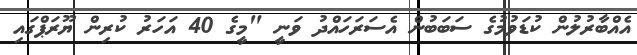
އެއްބާރުލުން ކުޑަވުމުގެ ސަބަބުން އެސަރަހައްދު ވަނީ "މީގެ 40 އަހަރު ކުރިން ޔޫރަޕްގައި